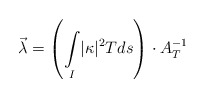
\begin{align*}\vec\lambda = \left(\underset{I}{\int} |\kappa|^{2} T ds \right) \cdot A_T^{-1}\end{align*}